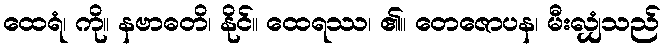
ထေရံ၊ ကို။ နဗာဓတိ၊ နိုင်။ ထေရဿ၊ ၏။ တေဇောပန၊ မီးလျှံသည်